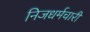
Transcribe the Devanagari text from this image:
निजधर्मचारी